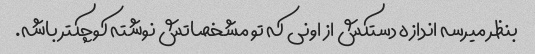
بنظر میرسه اندازه دستکش از اونی که تو مشخصاتش نوشته کوچکتر باشه.